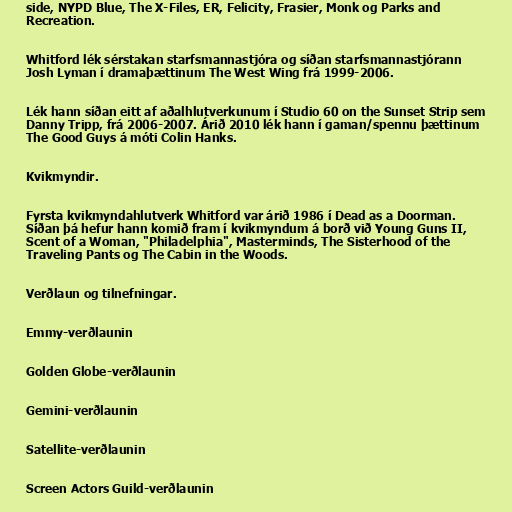
side, NYPD Blue, The X-Files, ER, Felicity, Frasier, Monk og Parks and
Recreation.

Whitford lék sérstakan starfsmannastjóra og síðan starfsmannastjórann
Josh Lyman í dramaþættinum The West Wing frá 1999-2006.

Lék hann síðan eitt af aðalhlutverkunum í Studio 60 on the Sunset Strip sem
Danny Tripp, frá 2006-2007. Árið 2010 lék hann í gaman/spennu þættinum
The Good Guys á móti Colin Hanks.

Kvikmyndir.

Fyrsta kvikmyndahlutverk Whitford var árið 1986 í Dead as a Doorman.
Síðan þá hefur hann komið fram í kvikmyndum á borð við Young Guns II,
Scent of a Woman, "Philadelphia", Masterminds, The Sisterhood of the
Traveling Pants og The Cabin in the Woods.

Verðlaun og tilnefningar.

Emmy-verðlaunin

Golden Globe-verðlaunin

Gemini-verðlaunin

Satellite-verðlaunin

Screen Actors Guild-verðlaunin